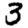
Digit: 3